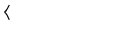
\langle